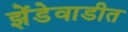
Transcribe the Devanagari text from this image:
झेंडेवाडीत